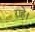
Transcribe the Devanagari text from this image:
राहे।